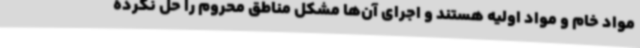
مواد خام و مواد اولیه هستند و اجرای آن‌ها مشکل مناطق محروم را حل نکرده